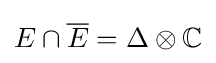
E\cap {\overline {E}}=\Delta \otimes \mathbb {C}